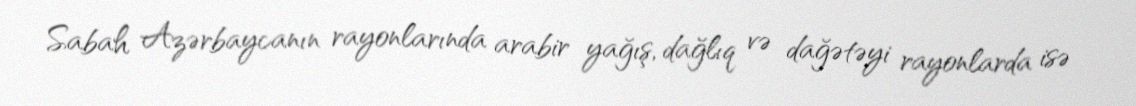
Sabah Azərbaycanın rayonlarında arabir yağış, dağlıq və dağətəyi rayonlarda isə